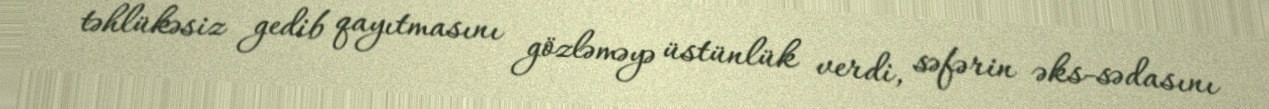
təhlükəsiz gedib qayıtmasını gözləməyə üstünlük verdi, səfərin əks-sədasını